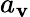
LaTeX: a_{\mathbf{v}}